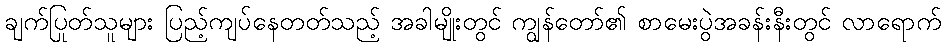
ချက်ပြုတ်သူများ ပြည့်ကျပ်နေတတ်သည့် အခါမျိုးတွင် ကျွန်တော်၏ စာမေးပွဲအခန်းနီးတွင် လာရောက်